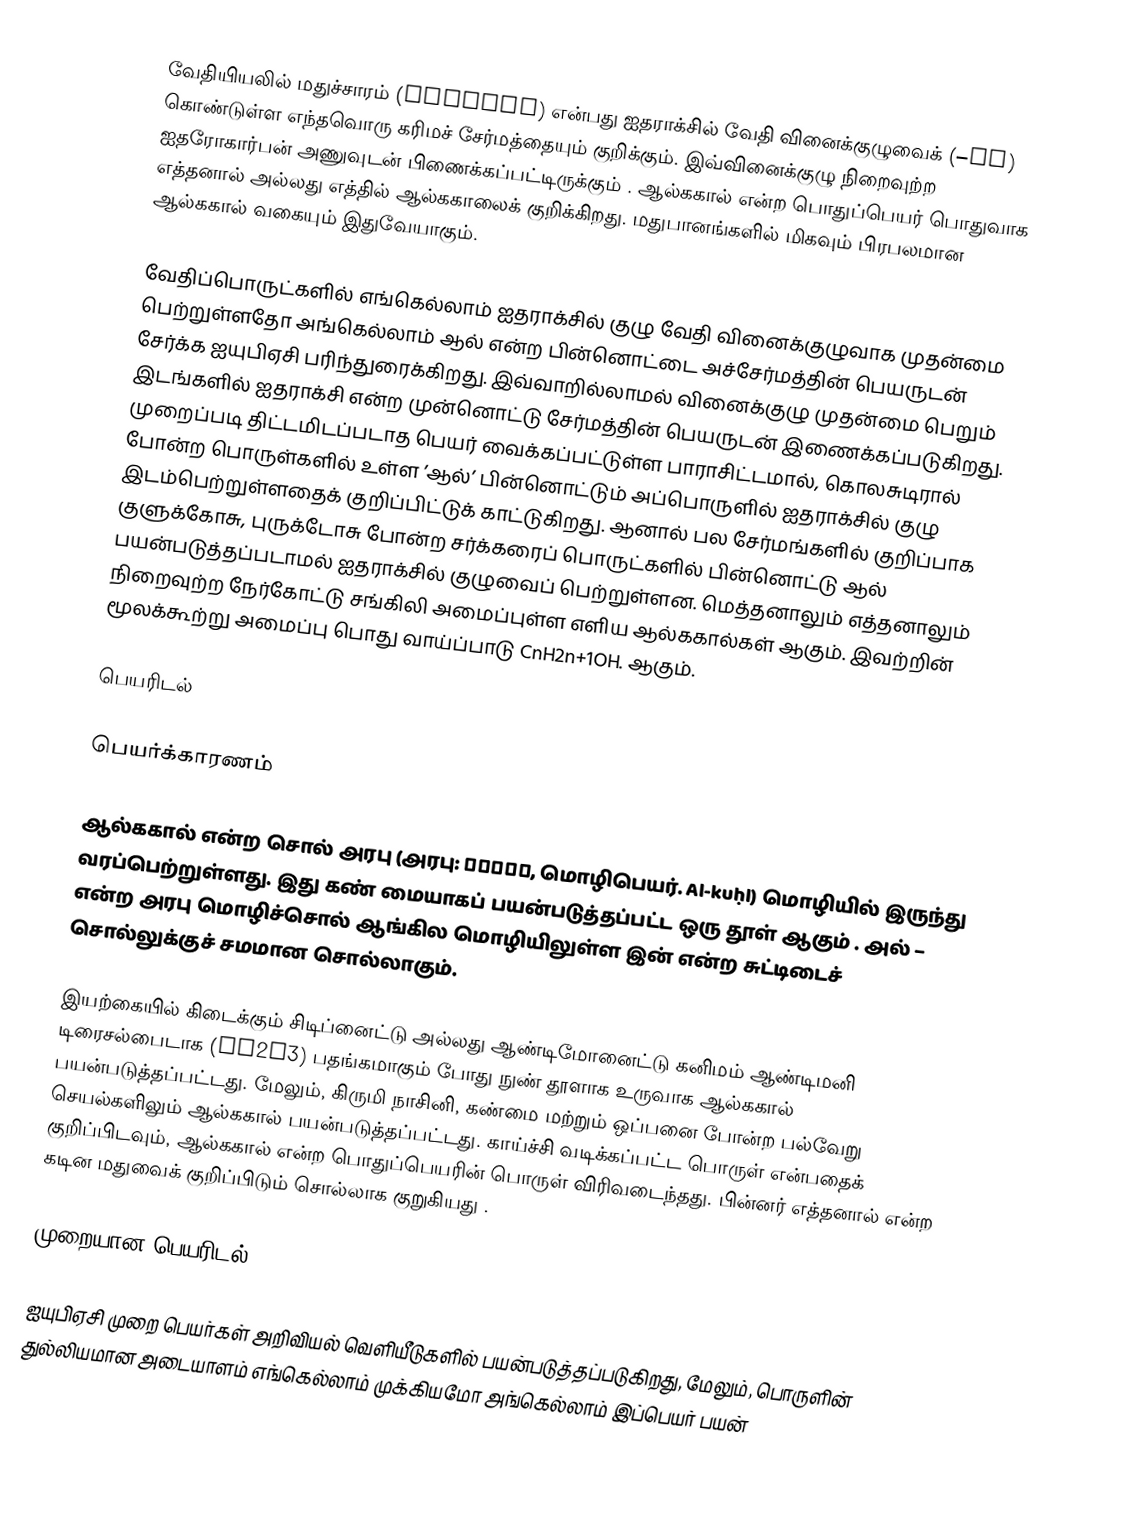
வேதியியலில் மதுச்சாரம் (Alcohol) என்பது ஐதராக்சில் வேதி வினைக்குழுவைக்  (–OH) கொண்டுள்ள எந்தவொரு கரிமச் சேர்மத்தையும் குறிக்கும். இவ்வினைக்குழு நிறைவுற்ற ஐதரோகார்பன் அணுவுடன் பிணைக்கப்பட்டிருக்கும் . ஆல்ககால் என்ற பொதுப்பெயர் பொதுவாக எத்தனால் அல்லது எத்தில் ஆல்ககாலைக் குறிக்கிறது. மதுபானங்களில் மிகவும் பிரபலமான ஆல்ககால் வகையும் இதுவேயாகும்.

வேதிப்பொருட்களில் எங்கெல்லாம் ஐதராக்சில் குழு வேதி வினைக்குழுவாக முதன்மை பெற்றுள்ளதோ அங்கெல்லாம் ஆல் என்ற பின்னொட்டை அச்சேர்மத்தின் பெயருடன் சேர்க்க ஐயுபிஏசி பரிந்துரைக்கிறது. இவ்வாறில்லாமல் வினைக்குழு முதன்மை பெறும் இடங்களில் ஐதராக்சி என்ற முன்னொட்டு சேர்மத்தின் பெயருடன் இணைக்கப்படுகிறது. முறைப்படி திட்டமிடப்படாத பெயர் வைக்கப்பட்டுள்ள பாராசிட்டமால், கொலசுடிரால் போன்ற பொருள்களில் உள்ள ’ஆல்’ பின்னொட்டும் அப்பொருளில் ஐதராக்சில் குழு இடம்பெற்றுள்ளதைக் குறிப்பிட்டுக் காட்டுகிறது. ஆனால் பல சேர்மங்களில் குறிப்பாக குளுக்கோசு, புருக்டோசு போன்ற சர்க்கரைப் பொருட்களில் பின்னொட்டு ஆல் பயன்படுத்தப்படாமல் ஐதராக்சில் குழுவைப் பெற்றுள்ளன. மெத்தனாலும் எத்தனாலும் நிறைவுற்ற நேர்கோட்டு சங்கிலி அமைப்புள்ள எளிய ஆல்ககால்கள் ஆகும். இவற்றின் மூலக்கூற்று அமைப்பு பொது வாய்ப்பாடு CnH2n+1OH. ஆகும்.

பெயரிடல்

பெயர்க்காரணம்

ஆல்ககால்  என்ற சொல் அரபு (அரபு: الكحل, மொழிபெயர். Al-kuḥl) மொழியில் இருந்து வரப்பெற்றுள்ளது. இது கண் மையாகப் பயன்படுத்தப்பட்ட ஒரு தூள் ஆகும் . அல் – என்ற அரபு மொழிச்சொல் ஆங்கில மொழியிலுள்ள இன் என்ற சுட்டிடைச் சொல்லுக்குச்  சமமான சொல்லாகும்.

இயற்கையில் கிடைக்கும் சிடிப்னைட்டு அல்லது ஆண்டிமோனைட்டு கனிமம் ஆண்டிமனி டிரைசல்பைடாக (Sb2S3) பதங்கமாகும் போது நுண் தூளாக உருவாக ஆல்ககால் பயன்படுத்தப்பட்டது. மேலும், கிருமி நாசினி, கண்மை மற்றும் ஒப்பனை போன்ற பல்வேறு செயல்களிலும் ஆல்ககால் பயன்படுத்தப்பட்டது. காய்ச்சி வடிக்கப்பட்ட பொருள் என்பதைக் குறிப்பிடவும், ஆல்ககால் என்ற  பொதுப்பெயரின் பொருள் விரிவடைந்தது. பின்னர் எத்தனால் என்ற கடின மதுவைக் குறிப்பிடும் சொல்லாக குறுகியது .

முறையான பெயரிடல்

ஐயுபிஏசி முறை  பெயர்கள் அறிவியல் வெளியீடுகளில் பயன்படுத்தப்படுகிறது, மேலும்,  பொருளின் துல்லியமான அடையாளம் எங்கெல்லாம்  முக்கியமோ அங்கெல்லாம் இப்பெயர் பயன்